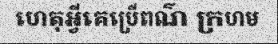
ហេតុអ្វីគេប្រើពណ៌ ក្រហម